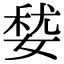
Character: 㛷